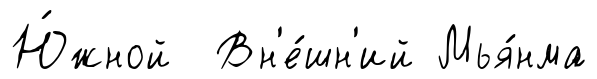
Ю́жной Вн'е́шн'ий Мья́нма